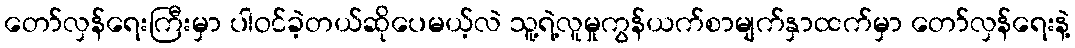
တော်လှန်ရေးကြီးမှာ ပါဝင်ခဲ့တယ်ဆိုပေမယ့်လဲ သူ့ရဲ့လူမှုကွန်ယက်စာမျက်နှာထက်မှာ တော်လှန်ရေးနဲ့